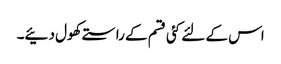
اس کے لئے کئی قسم کے راستے کھول دئیے۔